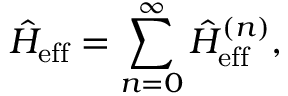
\hat { H } _ { \mathrm { e f f } } = \sum _ { n = 0 } ^ { \infty } \hat { H } _ { \mathrm { e f f } } ^ { ( n ) } ,